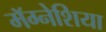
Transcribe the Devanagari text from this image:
मॅग्नेशिया